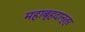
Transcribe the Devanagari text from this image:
महाबृहदान्त्र